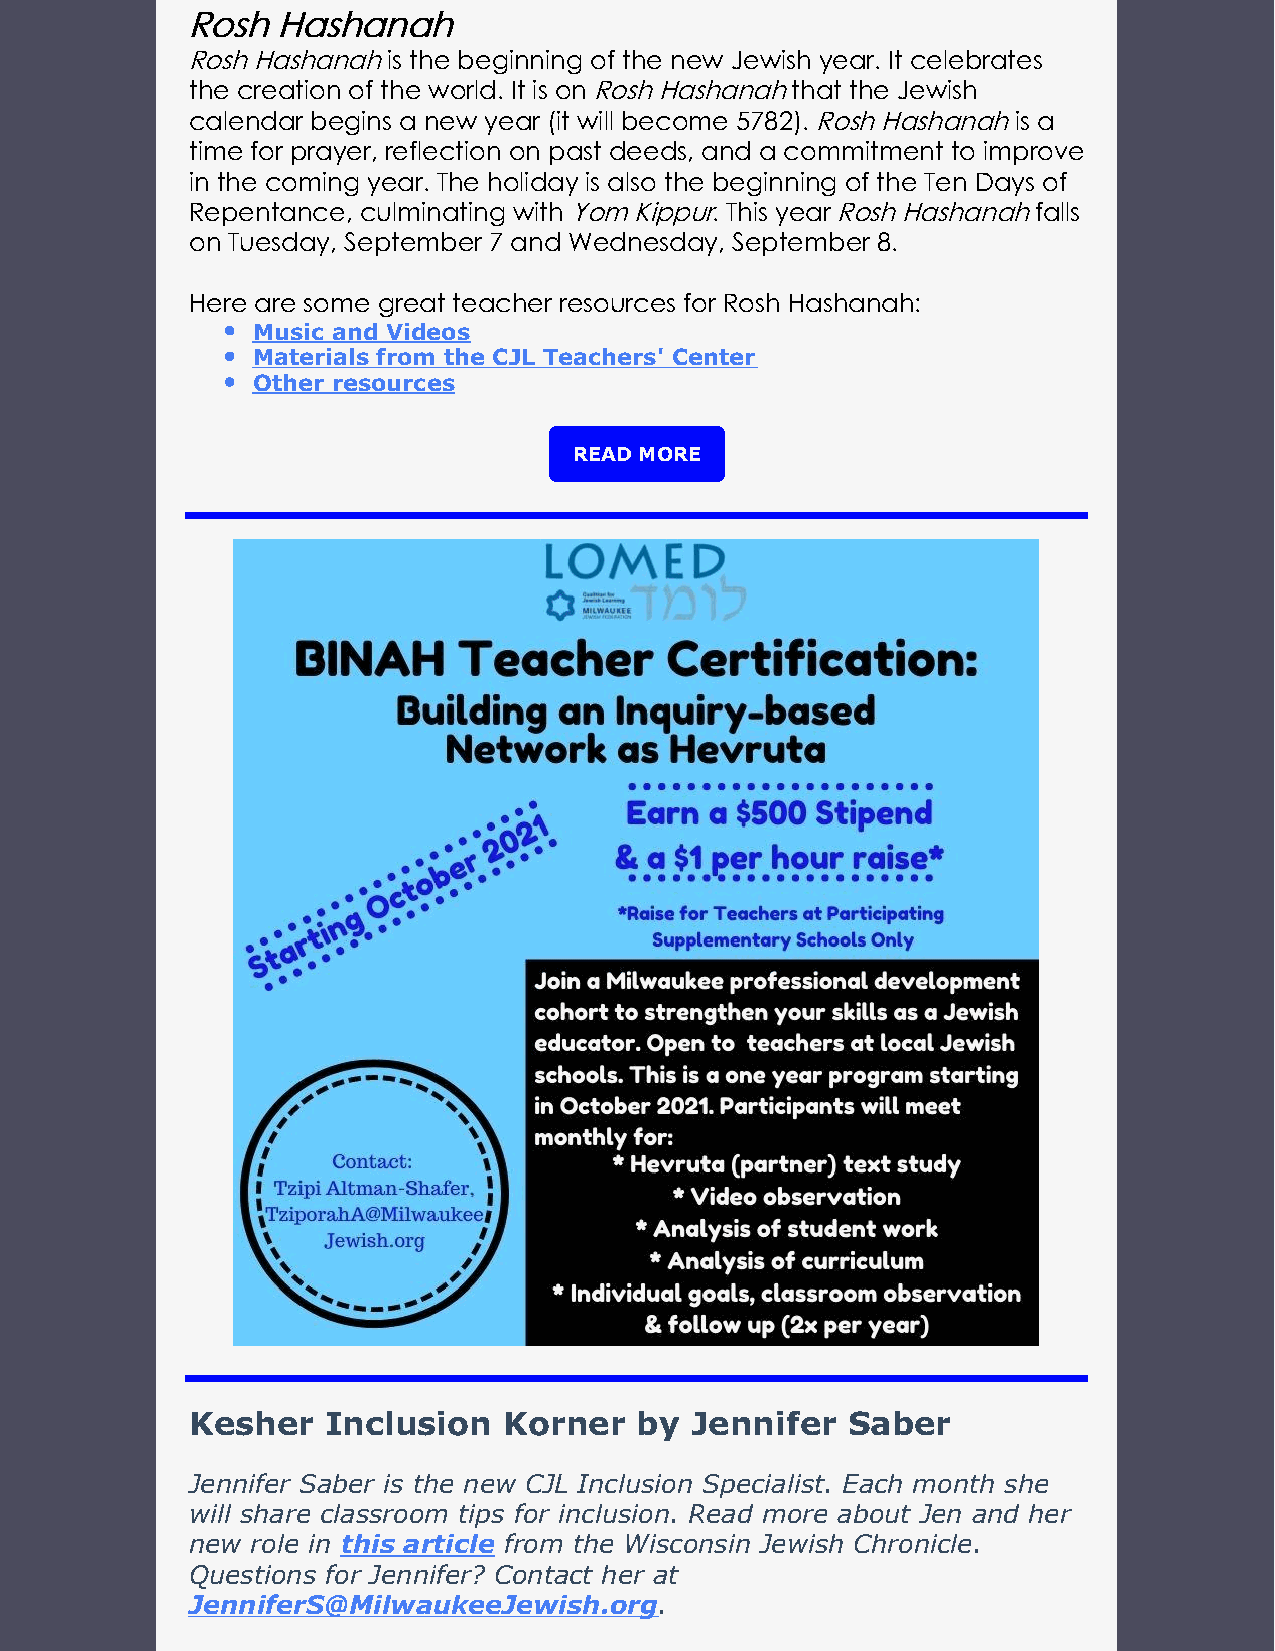
RRoosshh HHaasshhaannaahh
 Rosh Hashanah is the beginning of the new Jewish year. It celebrates
 the creation of the world. It is on Rosh Hashanah that the Jewish
 calendar begins a new year (it will become 5782). Rosh Hashanah is a
 time for prayer, reflection on past deeds, and a commitment to improve
 in the coming year. The holiday is also the beginning of the Ten Days of
 Repentance, culminating with Yom Kippur. This year Rosh Hashanah falls
 on Tuesday, September 7 and Wednesday, September 8.
 Here are some great teacher resources for Rosh Hashanah:
 Music and Videos
 Materials from the CJL Teachers' Center
 Other resources
 READ MORE
 Kesher  Inclusion   Korner   by  Jennifer  Saber
 Jennifer Saber is the new CJL Inclusion Specialist. Each month she
 will share classroom tips for inclusion. Read more about Jen and her
 new role in this article from the Wisconsin Jewish Chronicle.
 Questions for Jennifer? Contact her at
 JenniferS@MilwaukeeJewish.org.